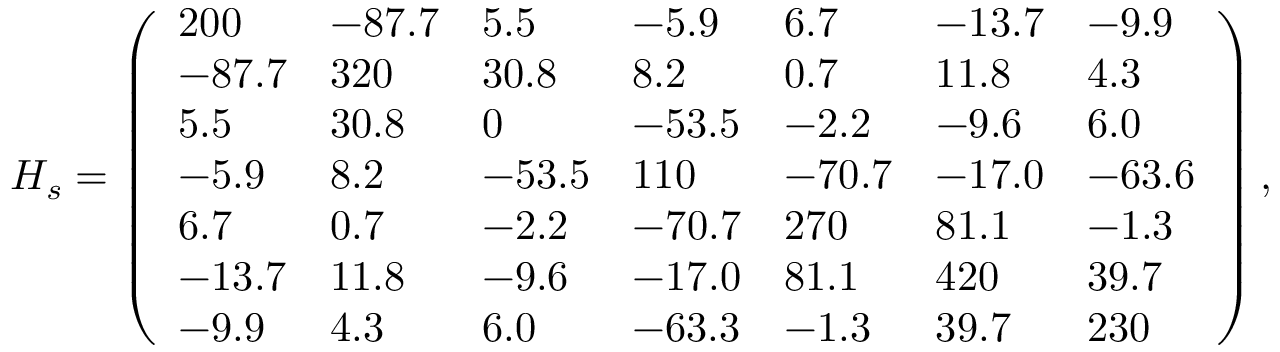
H _ { s } = \left( \begin{array} { l l l l l l l } { 2 0 0 } & { - 8 7 . 7 } & { 5 . 5 } & { - 5 . 9 } & { 6 . 7 } & { - 1 3 . 7 } & { - 9 . 9 } \\ { - 8 7 . 7 } & { 3 2 0 } & { 3 0 . 8 } & { 8 . 2 } & { 0 . 7 } & { 1 1 . 8 } & { 4 . 3 } \\ { 5 . 5 } & { 3 0 . 8 } & { 0 } & { - 5 3 . 5 } & { - 2 . 2 } & { - 9 . 6 } & { 6 . 0 } \\ { - 5 . 9 } & { 8 . 2 } & { - 5 3 . 5 } & { 1 1 0 } & { - 7 0 . 7 } & { - 1 7 . 0 } & { - 6 3 . 6 } \\ { 6 . 7 } & { 0 . 7 } & { - 2 . 2 } & { - 7 0 . 7 } & { 2 7 0 } & { 8 1 . 1 } & { - 1 . 3 } \\ { - 1 3 . 7 } & { 1 1 . 8 } & { - 9 . 6 } & { - 1 7 . 0 } & { 8 1 . 1 } & { 4 2 0 } & { 3 9 . 7 } \\ { - 9 . 9 } & { 4 . 3 } & { 6 . 0 } & { - 6 3 . 3 } & { - 1 . 3 } & { 3 9 . 7 } & { 2 3 0 } \end{array} \right) ,